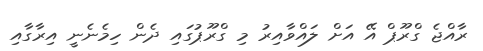
ރާއްޖެ ގްރޫޕް އޭ އަށް ލައްވާއިރު މި ގްރޫޕުގައި ދެން ހިމެނެނީ އިރާގާއި